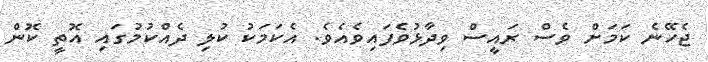
ޖެހޭނެ ކަމަށް ވެސް ރައީސް ވިދާޅުވެފައިވެއެވެ. އެކަމަކު ކުލި ދެއްކުމުގައި އޮތީ ކޮން